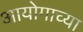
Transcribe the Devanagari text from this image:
आयोगाच्‍या